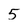
Character: 5